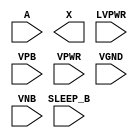
module sky130_fd_sc_hvl__lsbuflv2hv_clkiso_hlkg (
    //# {{data|Data Signals}}
    input  A      ,
    output X      ,

    //# {{power|Power}}
    input  SLEEP_B,
    input  LVPWR  ,
    input  VPB    ,
    input  VPWR   ,
    input  VGND   ,
    input  VNB
);
endmodule